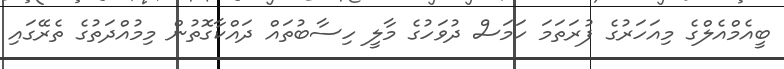
ބީއެމްއެލްގެ މިއަހަރުގެ ފުރަތަމަ ހަމަސް ދުވަހުގެ މާލީ ހިސާބުތައް ދައްކާގޮތުން މިމުއްދަތުގެ ތެރޭގައި